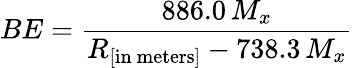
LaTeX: BE={\frac{886.0\, M_{x}}{R_{\left[{\mathrm{in~meters}}\right]}-738.3\, M_{x}}}